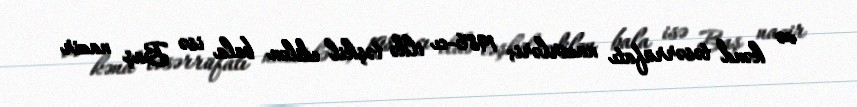
və kənd təsərrüfatı nazirləri; 1986-cı ildə təşkil edilən bala isə Baş nazir